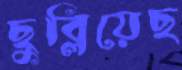
ছুব্‌লিয়েছ